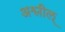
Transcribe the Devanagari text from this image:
अश्लील्